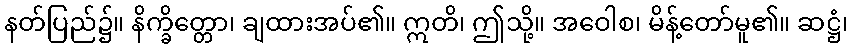
နတ်ပြည်၌။ နိက္ခိတ္တော၊ ချထားအပ်၏။ ဣတိ၊ ဤသို့။ အဝေါစ၊ မိန့်တော်မူ၏။ ဆဋ္ဌံ၊